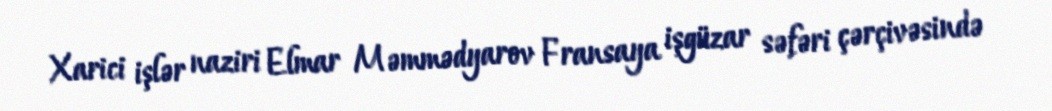
Xarici işlər naziri Elmar Məmmədyarov Fransaya işgüzar səfəri çərçivəsində